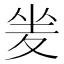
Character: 夎